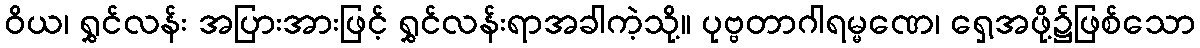
ဝိယ၊ ရွှင်လန်း အပြားအားဖြင့် ရွှင်လန်းရာအခါကဲ့သို့။ ပုဗ္ဗတာဂါရမ္မဏေ၊ ရှေ့အဖို့၌ဖြစ်သော